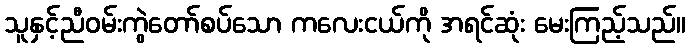
သူနှင့်ညီဝမ်းကွဲတော်စပ်သော ကလေးငယ်ကို အရင်ဆုံး မေးကြည့်သည်။